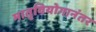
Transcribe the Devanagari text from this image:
मातृवियोगानंतर